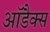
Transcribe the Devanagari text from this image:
आॅडैक्स